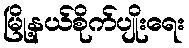
မြို့နယ်စိုက်ပျိုးရေး